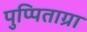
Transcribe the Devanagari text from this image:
पुप्पिताग्रा